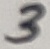
Text: 3